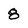
Character: 8